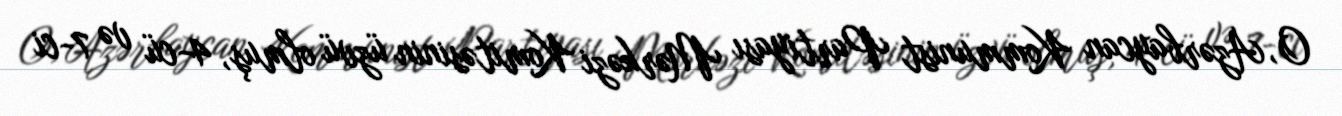
O, Azərbaycan Kommunist Partiyası Mərkəzi Komitəsinin üzvü olmuş, 4-cü və 7-ci